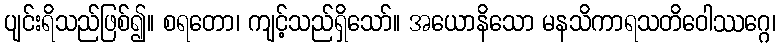
ပျင်းရိသည်ဖြစ်၍။ စရတော၊ ကျင့်သည်ရှိသော်။ အယောနိသော မနသိကာရသတိဝေါဿဂ္ဂေ၊